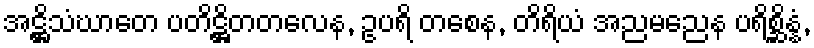
အဋ္ဌိသံဃာတေ ပတိဋ္ဌိတတလေန, ဥပရိ တစေန, တိရိယံ အညမညေန ပရိစ္ဆိန္နံ,